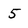
Character: 5